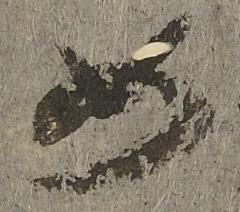
如